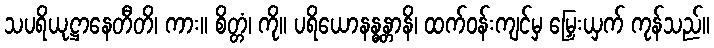
သပရိယုဋ္ဌာနေတီတိ၊ ကား။ စိတ္တံ၊ ကို။ ပရိယောနန္ဓန္တာနိ၊ ထက်ဝန်းကျင်မှ မြှေးယှက် ကုန်သည်။